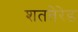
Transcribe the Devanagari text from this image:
शततेरेड